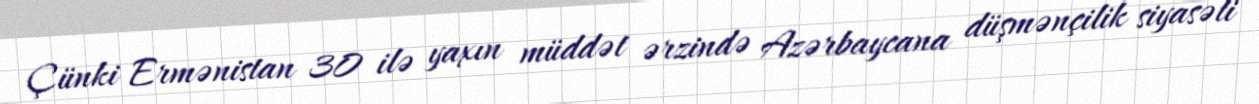
Çünki Ermənistan 30 ilə yaxın müddət ərzində Azərbaycana düşmənçilik siyasəti